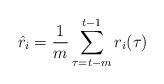
LaTeX: \begin{align*}\hat{r}_i=\frac{1}{m}\sum_{\tau=t-m}^{t-1}r_i(\tau)\end{align*}